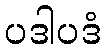
ပဒါပဒံ